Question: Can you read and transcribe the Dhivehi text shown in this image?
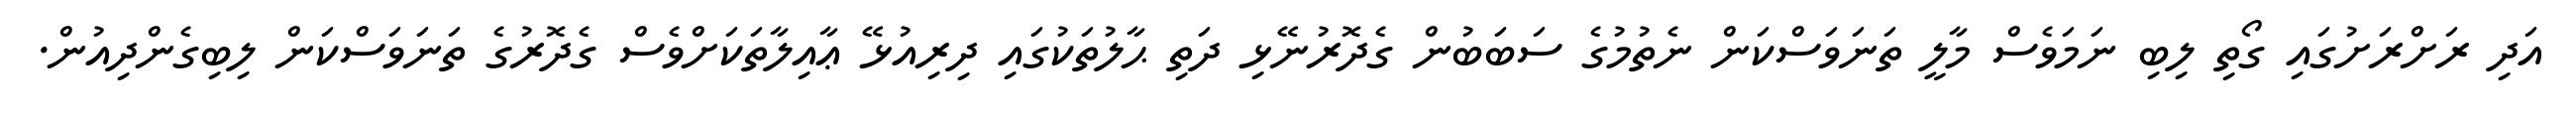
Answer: އަދި ރަށްރަށުގައި ގޯތި ލިބި ނަމަވެސް މާލީ ތަނަވަސްކަން ނެތުމުގެ ސަބަބުން ގެދޮރުނޭޅި ދަތި ޙާލުތަކުގައި ދިރިއުޅޭ ޢާއިލާތަކަށްވެސް ގެދޮރުގެ ތަނަވަސްކަން ލިބިގެންދިއުން.